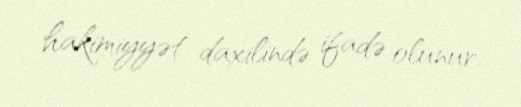
hakimiyyət daxilində ifadə olunur.